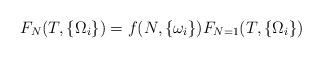
LaTeX: \begin{align*}F_N (T,\{\Omega_i\}) = f(N,\{\omega_i\}) F_{N=1} (T,\{\Omega_i\})\end{align*}